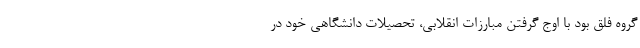
گروه فلق بود با اوج گرفتن مبارزات انقلابی، تحصیلات دانشگاهی خود در